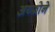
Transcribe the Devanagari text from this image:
अय्फोने